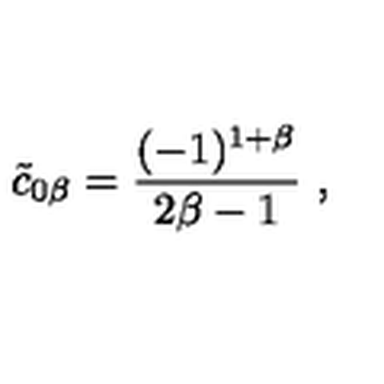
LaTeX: { \tilde { c } } _ { 0 \beta } = { \frac { ( - 1 ) ^ { 1 + \beta } } { 2 \beta - 1 } } \ ,